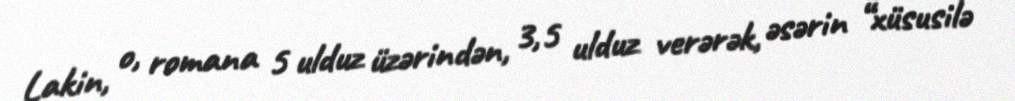
Lakin, o, romana 5 ulduz üzərindən, 3,5 ulduz verərək, əsərin “xüsusilə